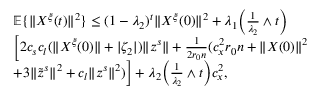
\begin{array} { r l } & { \mathbb { E } \{ \| X ^ { \xi } ( t ) \| ^ { 2 } \} \le ( 1 - \lambda _ { 2 } ) ^ { t } \| X ^ { \xi } ( 0 ) \| ^ { 2 } + \lambda _ { 1 } \Big ( \frac { 1 } { \lambda _ { 2 } } \wedge t \Big ) } \\ & { \Big [ 2 c _ { s } c _ { l } ( \| X ^ { \xi } ( 0 ) \| + | \zeta _ { 2 } | ) \| z ^ { s } \| + \frac { 1 } { 2 r _ { 0 } n } ( c _ { x } ^ { 2 } r _ { 0 } n + \| X ( 0 ) \| ^ { 2 } } \\ & { + 3 \| \tilde { z } ^ { s } \| ^ { 2 } + c _ { l } \| z ^ { s } \| ^ { 2 } ) \Big ] + \lambda _ { 2 } \Big ( \frac { 1 } { \lambda _ { 2 } } \wedge t \Big ) c _ { x } ^ { 2 } , } \end{array}